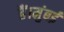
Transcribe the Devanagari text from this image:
हैं।मुंबई